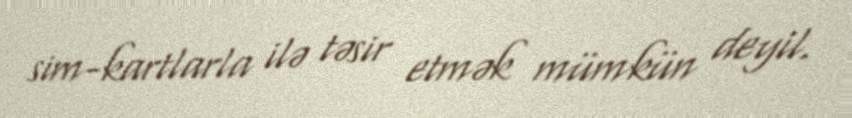
sim-kartlarla ilə təsir etmək mümkün deyil.